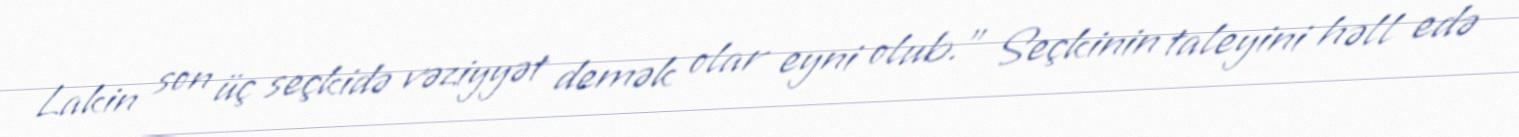
Lakin son üç seçkidə vəziyyət demək olar eyni olub.” Seçkinin taleyini həll edə